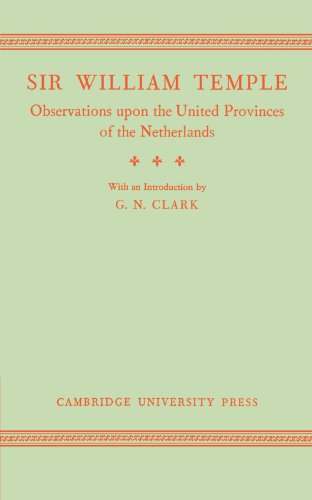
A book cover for Observations upon the United Provinces of the Netherlands; William Temple; History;